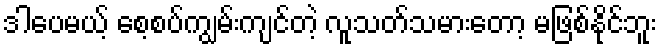
ဒါပေမယ့် စေ့စပ်ကျွမ်းကျင်တဲ့ လူသတ်သမားတော့ မဖြစ်နိုင်ဘူး